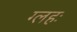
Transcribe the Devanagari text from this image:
ग्लहः